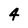
Character: 4